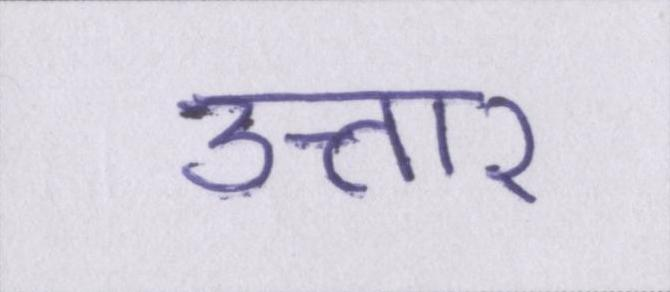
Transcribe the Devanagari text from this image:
उत्तार